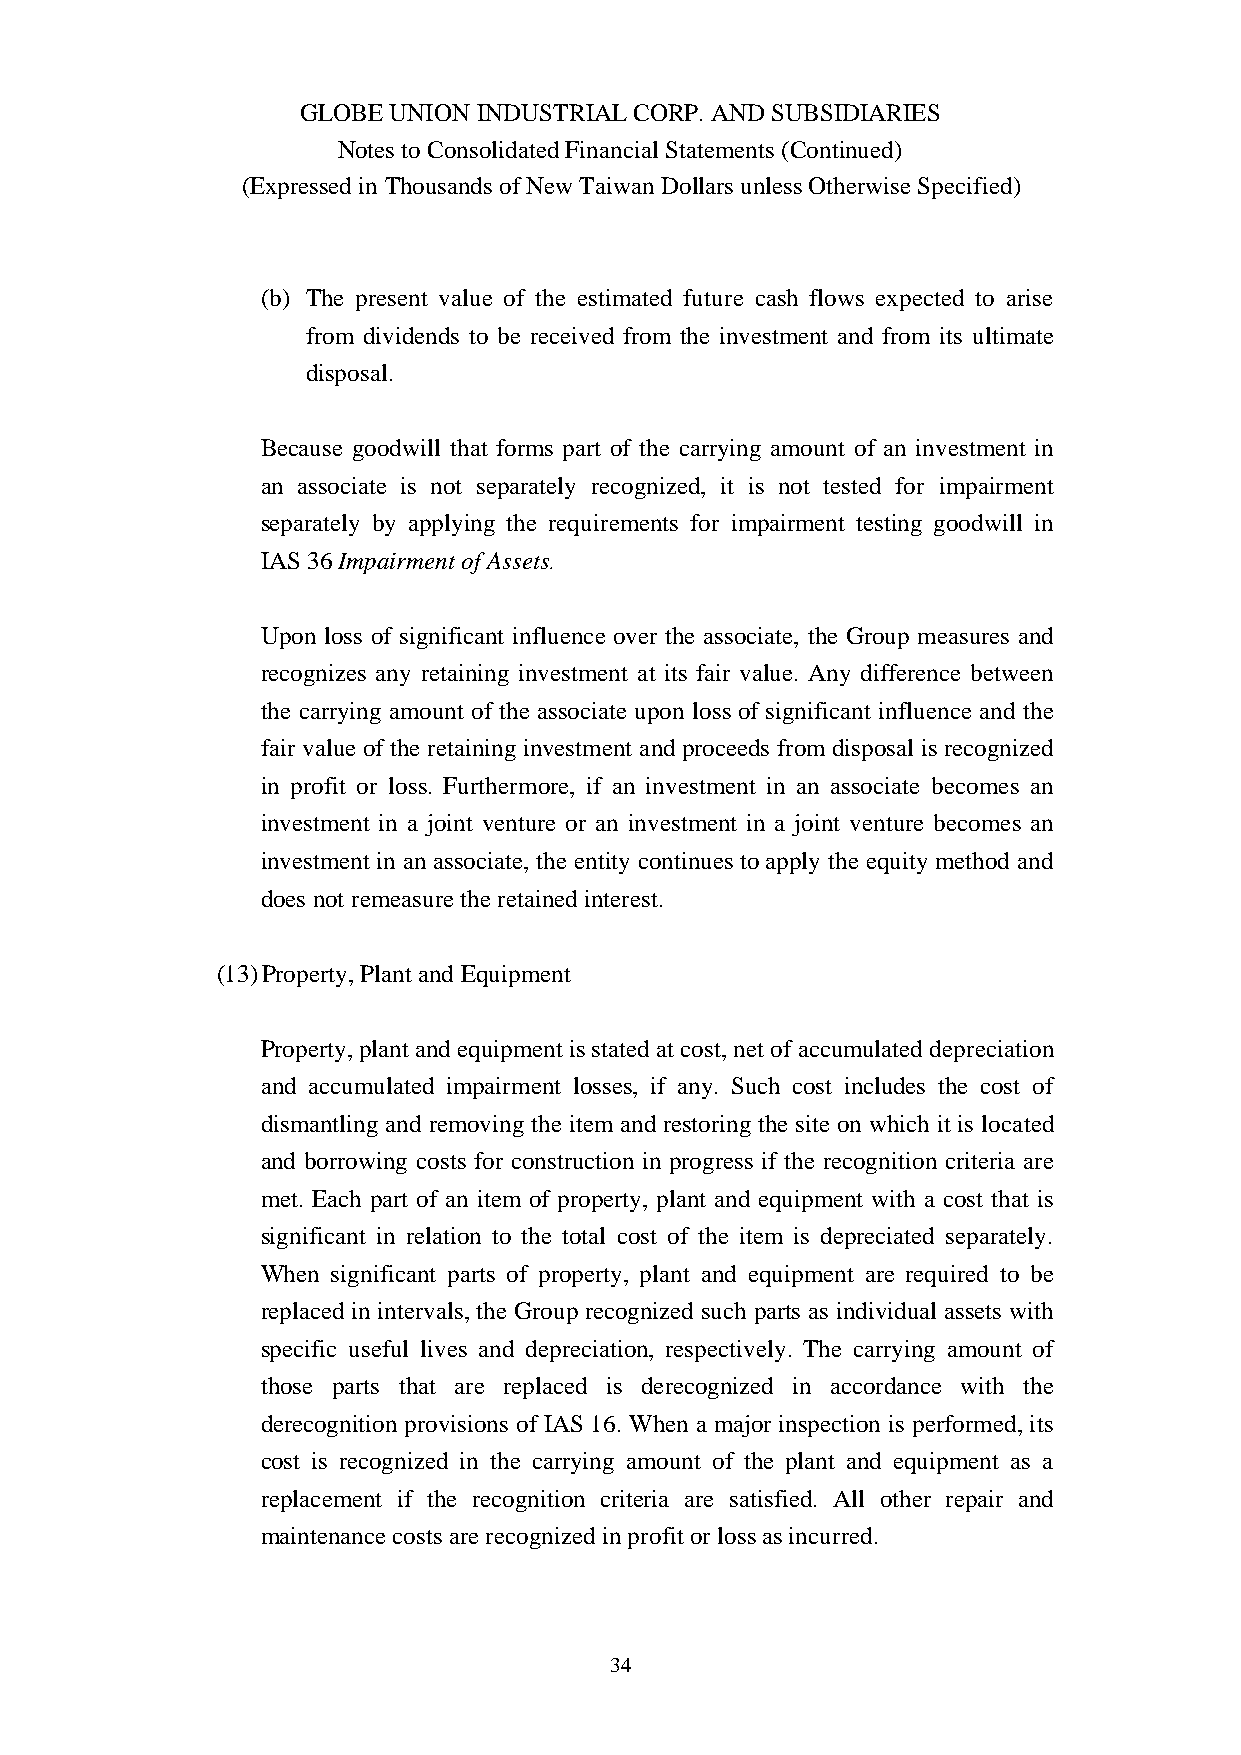
GLOBE UNION INDUSTRIAL CORP. AND SUBSIDIARIES
 Notes to Consolidated Financial Statements (Continued)
 (Expressed in Thousands of New Taiwan Dollars unless Otherwise Specified)
 (b) The present value of the estimated future cash flows expected to arise
 from dividends to be received from the investment and from its ultimate
 disposal.
 Because goodwill that forms part of the carrying amount of an investment in
 an associate is not separately recognized, it is not tested for impairment
 separately by applying the requirements for impairment testing goodwill in
 IAS 36 Impairment of Assets.
 Upon loss of significant influence over the associate, the Group measures and
 recognizes any retaining investment at its fair value. Any difference between
 the carrying amount of the associate upon loss of significant influence and the
 fair value of the retaining investment and proceeds from disposal is recognized
 in profit or loss. Furthermore, if an investment in an associate becomes an
 investment in a joint venture or an investment in a joint venture becomes an
 investment in an associate, the entity continues to apply the equity method and
 does not remeasure the retained interest.
 (13)Property, Plant and Equipment
 Property, plant and equipment is stated at cost, net of accumulated depreciation
 and accumulated impairment losses, if any. Such cost includes the cost of
 dismantling and removing the item and restoring the site on which it is located
 and borrowing costs for construction in progress if the recognition criteria are
 met. Each part of an item of property, plant and equipment with a cost that is
 significant in relation to the total cost of the item is depreciated separately.
 When significant parts of property, plant and equipment are required to be
 replaced in intervals, the Group recognized such parts as individual assets with
 specific useful lives and depreciation, respectively. The carrying amount of
 those parts that are replaced is derecognized in accordance with the
 derecognition provisions of IAS 16. When a major inspection is performed, its
 cost is recognized in the carrying amount of the plant and equipment as a
 replacement if the recognition criteria are satisfied. All other repair and
 maintenance costs are recognized in profit or loss as incurred.
 34